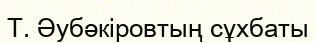
Т. Әубәкіровтың сұхбаты